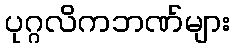
ပုဂ္ဂလိကဘဏ်များ